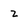
Character: Z